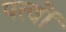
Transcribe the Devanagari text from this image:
पत्वों